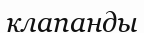
клапанды